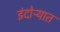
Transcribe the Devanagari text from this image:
इंदोऱ्यात